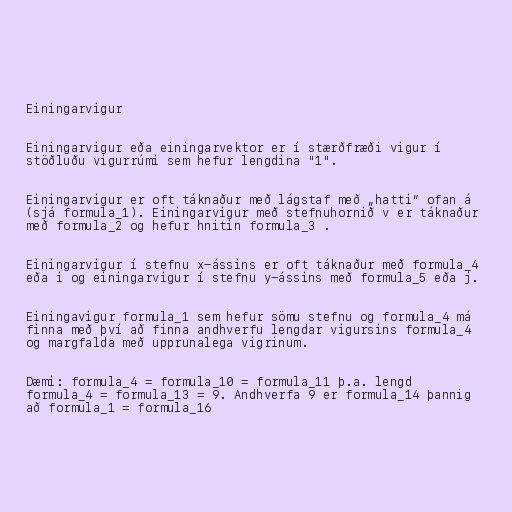
Einingarvigur

Einingarvigur eða einingarvektor er í stærðfræði vigur í
stöðluðu vigurrúmi sem hefur lengdina "1".

Einingarvigur er oft táknaður með lágstaf með „hatti“ ofan á
(sjá formula_1). Einingarvigur með stefnuhornið v er táknaður
með formula_2 og hefur hnitin formula_3 .

Einingarvigur í stefnu x-ássins er oft táknaður með formula_4
eða i og einingarvigur í stefnu y-ássins með formula_5 eða j.

Einingavigur formula_1 sem hefur sömu stefnu og formula_4 má
finna með því að finna andhverfu lengdar vigursins formula_4
og margfalda með upprunalega vigrinum.

Dæmi: formula_4 = formula_10 = formula_11 þ.a. lengd
formula_4 = formula_13 = 9. Andhverfa 9 er formula_14 þannig
að formula_1 = formula_16